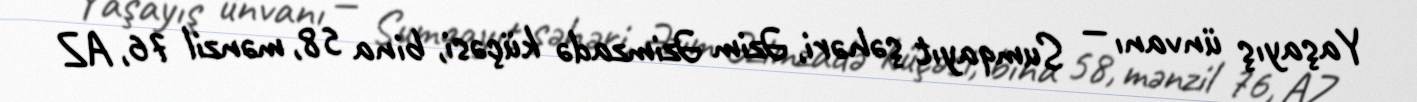
Yaşayış ünvanı — Sumqayıt şəhəri, Əzim Əzimzadə küçəsi, bina 58, mənzil 76, AZ